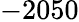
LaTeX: -2050